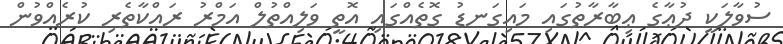
ސުވާލަކީ ދުޢާގެ ޢިބާރާތުގައި މައިގަނޑު ގޮތެއްގައި އޮތީ ވަލިއްތުލް އަމްރު ރައްކާތެރި ކުރެއްވުން